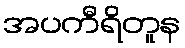
အပကီရိတူန